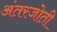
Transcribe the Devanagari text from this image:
अंतरजोती